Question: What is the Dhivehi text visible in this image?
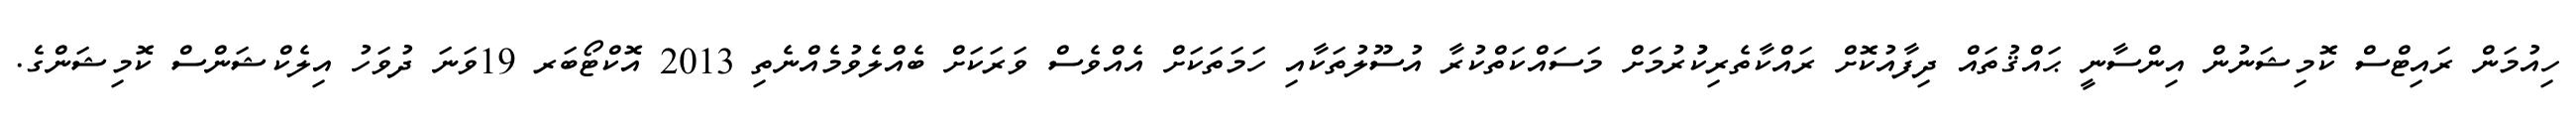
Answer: ހިއުމަން ރައިޓްސް ކޮމިޝަނުން އިންސާނީ ޙައްޤުތައް ދިފާއުކޮށް ރައްކާތެރިކުުރުމަށް މަސައްކަތްކުރާ އުސޫލުތަކާއި ހަމަތަކަށް އެއްވެސް ވަރަކަށް ބެއްލެވުމެއްނެތި 2013 އޮކްޓޯބަރ 19ވަނަ ދުވަހު އިލެކްޝަންސް ކޮމިޝަންގެ.